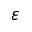
\varepsilon